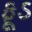
ફૂડ